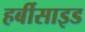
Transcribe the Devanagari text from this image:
हर्बीसाइड